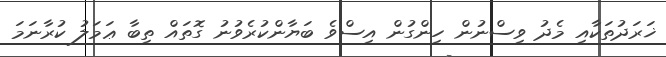
ޚަރަދުތަކާއި މެދު ވިސްނުން ހިންގުން އިސްވެ ބަޔާންކުރެވުނު ގޮތައް ތިބާ ޢަމަލު ކުރާނަމަ